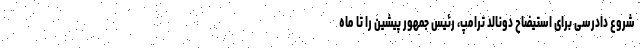
شروع دادرسی برای استیضاح دونالد ترامپ، رئیس جمهور پیشین را تا ماه